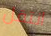
انتقل